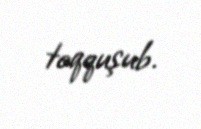
toqquşub.